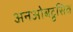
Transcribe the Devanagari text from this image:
अनओबट्रुसिव